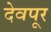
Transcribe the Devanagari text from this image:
देवपूर